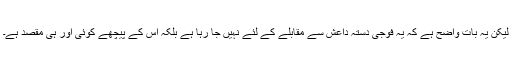
لیکن یہ بات واضح ہے کہ یہ فوجی دستہ داعش سے مقابلے کے لئے نہیں جا رہا ہے بلکہ اس کے پیچھے کوئی اور ہی مقصد ہے۔